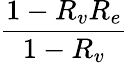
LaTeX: \frac{1-R_{v}R_{e}}{1-R_{v}}